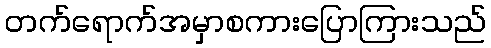
တက်ရောက်အမှာစကားပြောကြားသည်